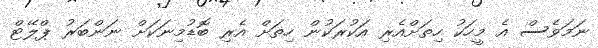
ނަމަވެސް އެ މީހަކު ހިތަށްއެރި އަކުރަކުން ހިތަށް އެރި ބޮޑުމިނަކަށް ނަންބަރު ޕްލޭޓް